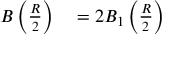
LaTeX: \begin{array} { r l } { B \left( { \frac { R } { 2 } } \right) } & { { } = 2 B _ { 1 } \left( { \frac { R } { 2 } } \right) } \end{array}